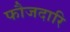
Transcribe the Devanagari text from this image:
फौजदारि